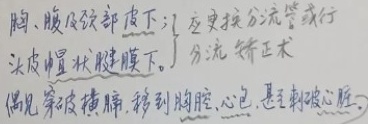
\(\begin{cases}
\text{胸、腹及颈部皮下} \\
\text{头皮帽状腱膜下}
\end{cases}\)应更换分流管或行分流矫正术。偶见穿破横膈，移到胸腔、心包，甚至刺破心脏。